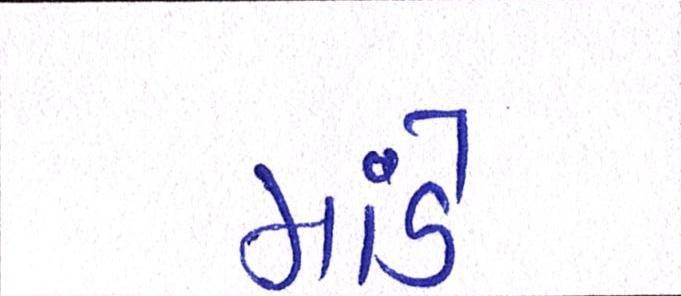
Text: માંડે